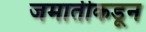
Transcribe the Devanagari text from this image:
जमातीकडून